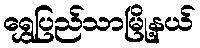
ရွှေပြည်သာမြို့နယ်